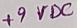
Text: +9VDC